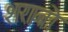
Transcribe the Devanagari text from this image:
शराबो